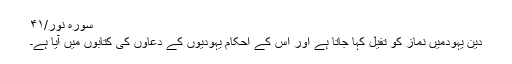
سورہ نور/۴۱
دین یہودمیں نماز کو تفیل کہا جاتا ہے اور اس کے احکام یہودیوں کے دعاوں کی کتابوں میں آیا ہے۔